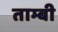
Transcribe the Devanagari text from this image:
ताम्बी